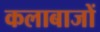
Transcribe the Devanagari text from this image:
कलाबाजों